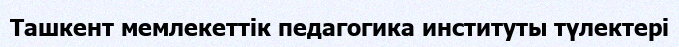
Ташкент мемлекеттік педагогика институты түлектері